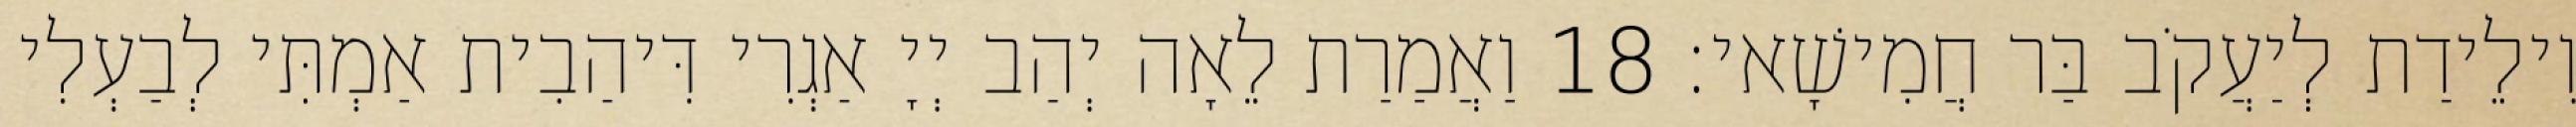
וִילֵידַת לְיַעֲקֹב בַּר חֲמִישָׁאי׃ 18 וַאֲמַרַת לֵאָה יְהַב יְיָ אַגְרִי דִּיהַבִית אַמְתִּי לְבַעְלִי